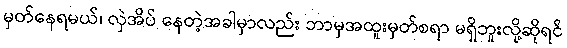
မှတ်နေရမယ်၊ လှဲအိပ် နေတဲ့အခါမှာလည်း ဘာမှအထူးမှတ်စရာ မရှိဘူးလို့ဆိုရင်